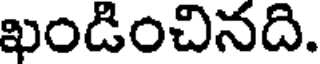
ఖండించినది.